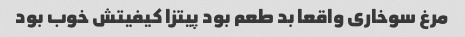
مرغ سوخاری واقعا بد طعم بود پیتزا کیفیتش خوب بود